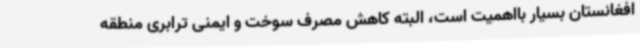
افغانستان بسیار بااهمیت است، البته کاهش مصرف سوخت و ایمنی ترابری منطقه